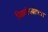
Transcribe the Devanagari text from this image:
पिढ्यांपर्यंतच्या